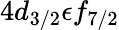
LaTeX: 4d_{3/2}\epsilon f_{7/2}